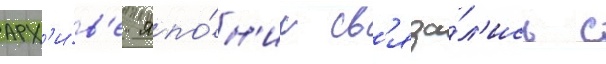
арх'и́в'е япо́н'ии св'яза́л'ись с